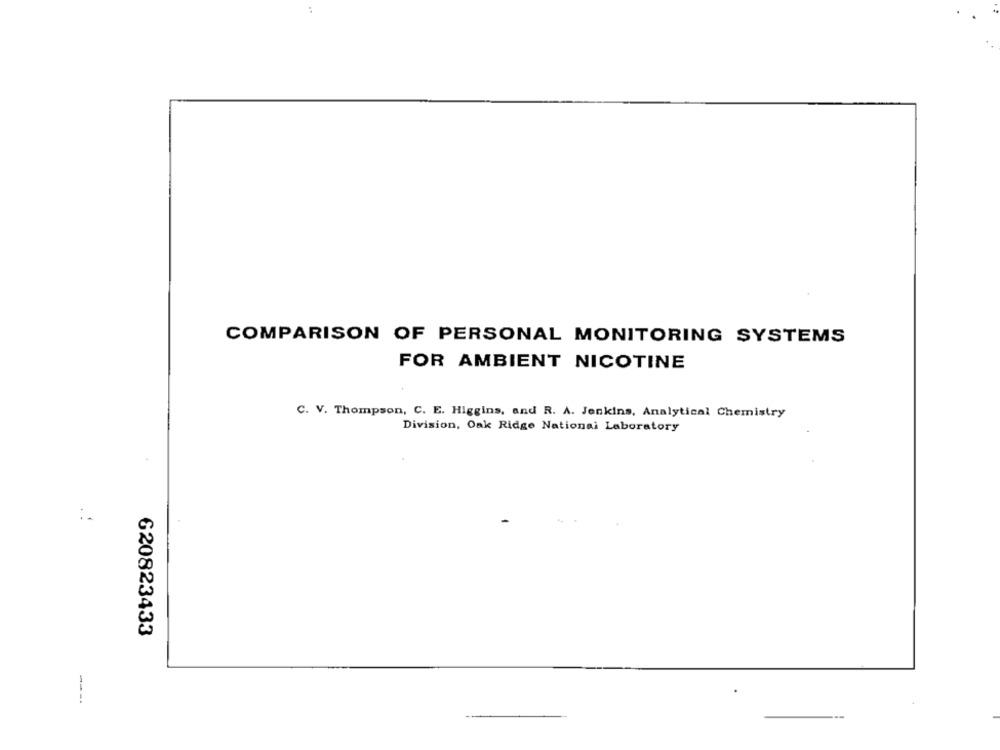
COMPARISON OF PERSONAL MONITORING SYSTEMS
FOR AMBIENT NICOTINE
C. V. Thompson, C. E. Higgins, and R. A. Jenkins, Analytical Chemistry
Division, Oak Ridge National Laboratory
:-
620823433
---